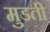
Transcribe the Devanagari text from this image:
मुडती